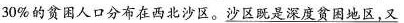
30%的贫困人口分布在西北沙区。沙区既是深度贫困地区，又